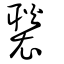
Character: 褧